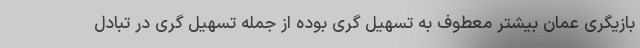
بازیگری عمان بیشتر معطوف به تسهیل گری بوده از جمله تسهیل گری در تبادل